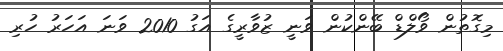
މިގޮތުން ވޯލްޑް ބޭންކުން ވަނީ ޒުވާރީގެ އަގު 2010 ވަނަ އަހަރު ހުރި